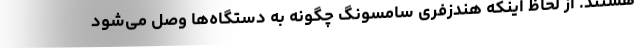
هستند. از لحاظ اینکه هندزفری سامسونگ چگونه به دستگاه‌ها وصل می‌شود